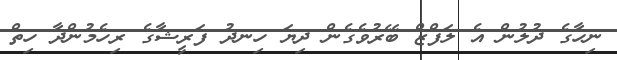
ނިހާގެ ދުލުން އެ ލަފްޒް ބޭރުވެގެން ދިޔަ ހިނދު ފަރީޝާގެ ރިހެމުންދާ ހިތް